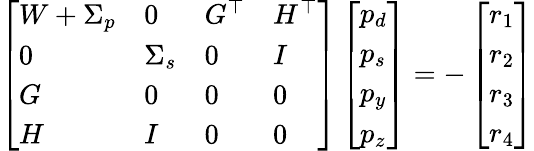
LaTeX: \left[\begin{array}{llll}{W+\Sigma_{p}}&{0}&{G^{\top}}&{H^{\top}}\\ {0}&{\Sigma_{s}}&{0}&{I}\\ {G}&{0}&{0}&{0}\\ {H}&{I}&{0}&{0}\end{array}\right]\left[\begin{array}{l}{p_{d}}\\ {p_{s}}\\ {p_{y}}\\ {p_{z}}\end{array}\right]=-\left[\begin{array}{l}{r_{1}}\\ {r_{2}}\\ {r_{3}}\\ {r_{4}}\end{array}\right]